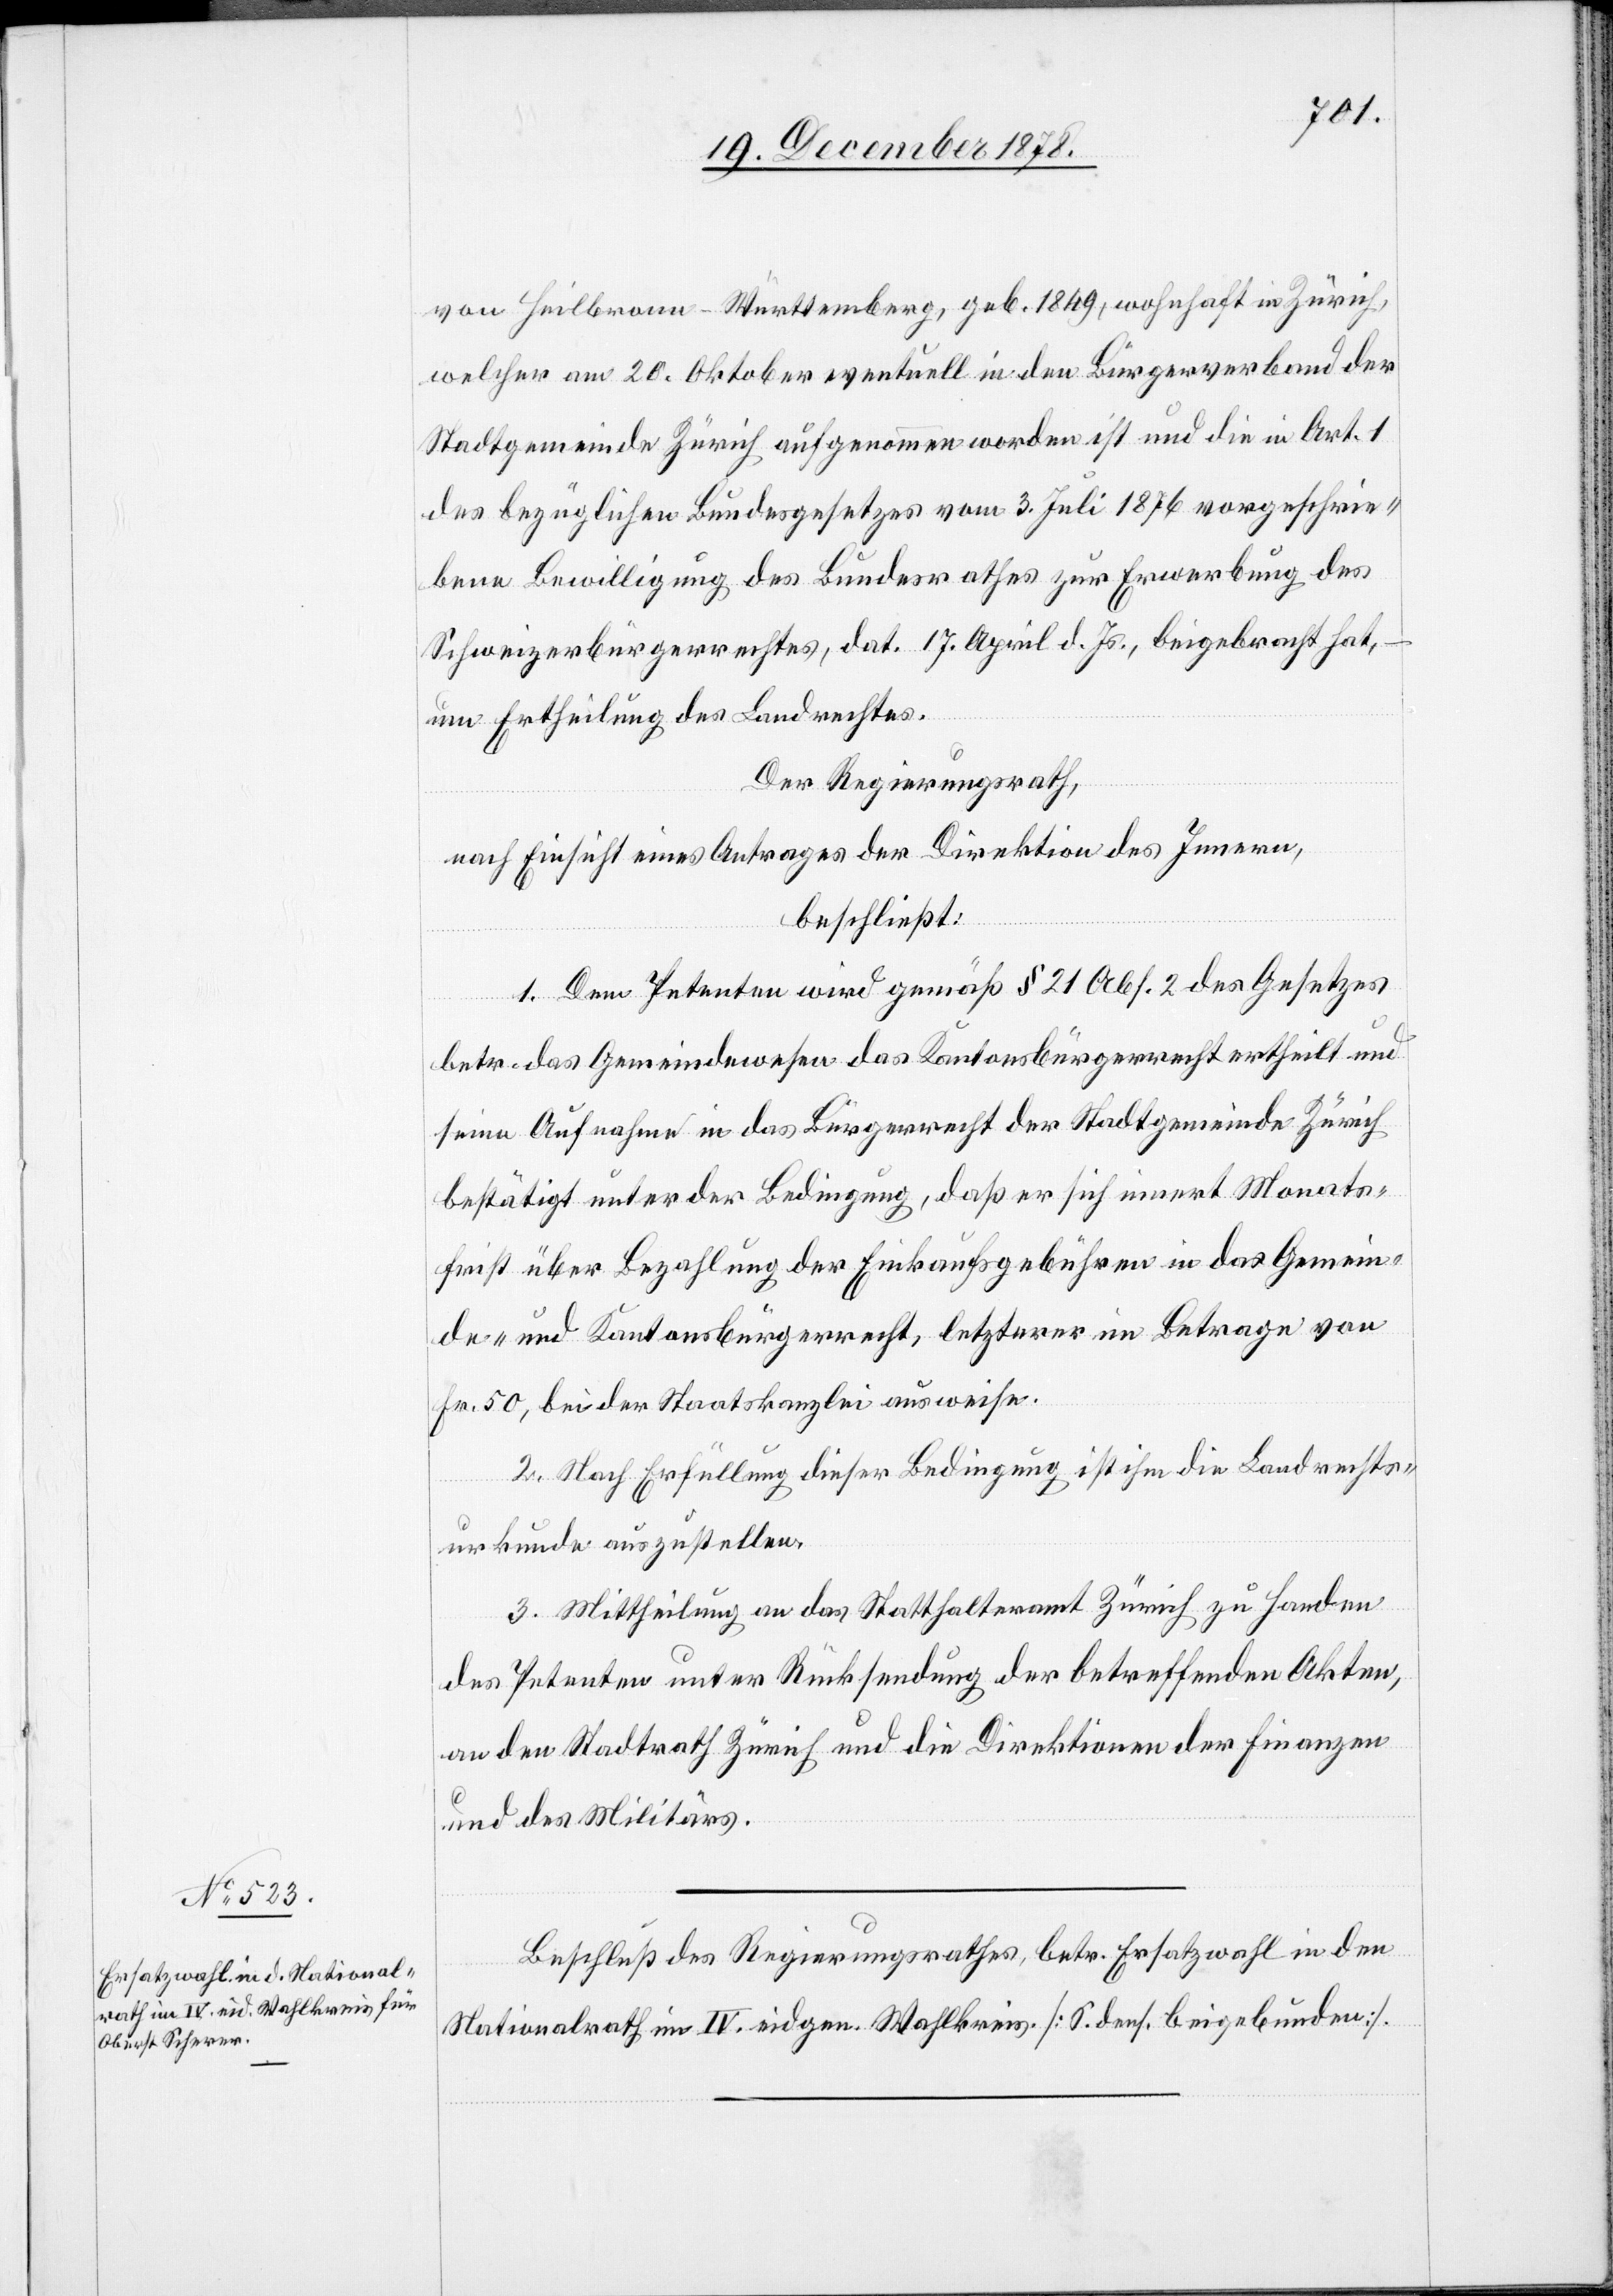
von Heilbronn - Württemberg, geb. 1849, wohnhaft in Zürich,
welcher am 20. Oktober eventuell in den Bürgerverband der
Stadtgemeinde Zürich aufgenommen worden ist und die in Art. 1
des bezüglichen Bundesgesetzes vom 3. Juli 1876 vorgeschrie¬
bene Bewilligung des Bundesrathes zur Erwerbung des
Schweizerbürgerrechtes, dat. 17. April d. Js., beigebracht hat,
um Ertheilung des Landrechtes.
Der Regierungsrath,
nach Einsicht eines Antrages der Direktion des Innern,
beschließt:
1. Den Petenten wird gemäß § 21 Abs. 2 des Gesetzes
betr. das Gemeindewesen das Kantonsbürgerrecht ertheilt und
seine Aufnahme in das Bürgerecht der Stadtgemeinde Zürich
bestätigt unter der Bedingung, daß er sich innert Monats¬
frist über Bezahlung der Einkaufsgebühren in das Gemein¬
de- und Kantonsbürgerrecht, letzterer im Betrage von
Fr. 50, bei der Staatskanzlei ausweise.
2. Nach Erfüllung dieser Bedingung ist ihm die Landrechts¬
urkunde auszustellen.
3. Mittheilung an das Statthalteramt Zürich zu Handen
des Petenten unter Rücksendung der betreffenden Akten,
an den Stadtrath Zürich und die Direktionen der Finanzen
und des Militärs.
Beschluß des Regierungsrathes, betr. Ersatzwahl in den
Nationalrath im IV. eidgen. Wahlkreis [S. dens. beigebunden].